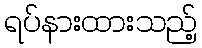
ရပ်နားထားသည့်